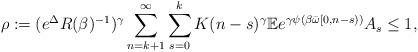
LaTeX: \begin{align*}\rho:= (e^{\Delta}R(\beta)^{-1})^{\gamma} \sum^{\infty}_{n=k+1} \sum_{s=0}^k K(n-s)^{\gamma} \mathbb{E}e^{\gamma \psi(\beta\bar{\omega}[0,n-s))} A_{s} \leq 1,\end{align*}